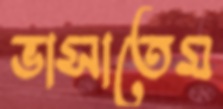
ভাসাতেম